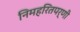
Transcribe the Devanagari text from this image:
निमहरितपर्णी